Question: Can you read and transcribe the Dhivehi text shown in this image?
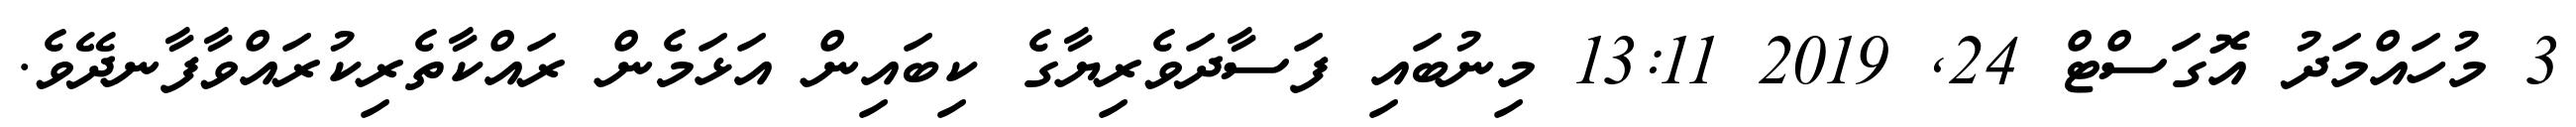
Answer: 3 މުހައްމަދު އޮގަސްޓް 24, 2019 13:11 މިނުބައި ފަސާދަވެރިޔާގެ ކިބައިން އަޅަމެން ރައްކާތެރިކުރައްވާފާނދޭވެ.